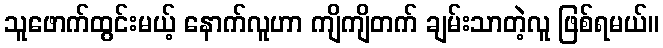
သူဖောက်ထွင်းမယ့် နောက်လူဟာ ကျိကျိတက် ချမ်းသာတဲ့လူ ဖြစ်ရမယ်။